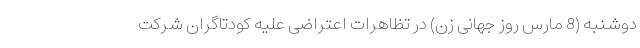
دوشنبه (8 مارس روز جهانی زن) در تظاهرات اعتراضی علیه کودتاگران شرکت